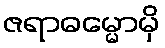
ဇရာဓမ္မောမှိ